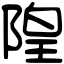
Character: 隍